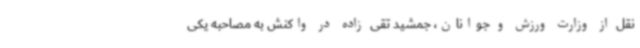
نقل از وزارت ورزش و جوانان، جمشید تقی زاده در واکنش به مصاحبه یکی